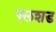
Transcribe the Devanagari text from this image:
फ्लशड